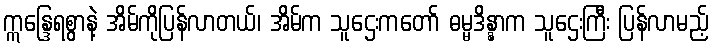
ဣန္ဒြေရစွာနဲ့ အိမ်ကိုပြန်လာတယ်၊ အိမ်က သူဌေးကတော် ဓမ္မဒိန္နာက သူဌေးကြီး ပြန်လာမည့်